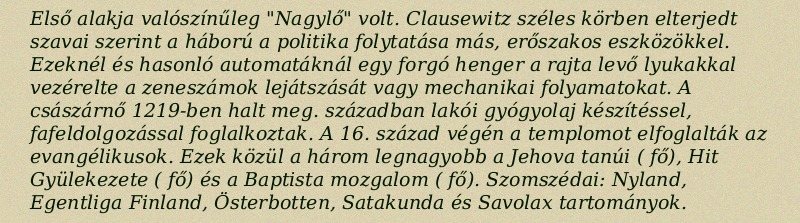
Első alakja valószínűleg "Nagylő" volt. Clausewitz széles körben elterjedt szavai szerint a háború a politika folytatása más, erőszakos eszközökkel. Ezeknél és hasonló automatáknál egy forgó henger a rajta levő lyukakkal vezérelte a zeneszámok lejátszását vagy mechanikai folyamatokat. A császárnő 1219-ben halt meg. században lakói gyógyolaj készítéssel, fafeldolgozással foglalkoztak. A 16. század végén a templomot elfoglalták az evangélikusok. Ezek közül a három legnagyobb a Jehova tanúi ( fő), Hit Gyülekezete ( fő) és a Baptista mozgalom ( fő). Szomszédai: Nyland, Egentliga Finland, Österbotten, Satakunda és Savolax tartományok.